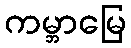
ကမ္ဘာမြေ